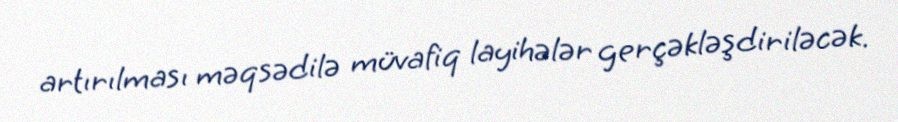
artırılması məqsədilə müvafiq layihələr gerçəkləşdiriləcək.